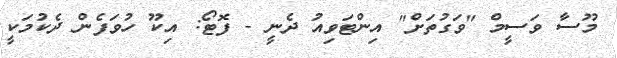
މޫސާ ވަސީމް "ވަގުތަށް" އިންޓަވިއު ދެނީ - ފޮޓޯ: އިކޫ ހުވަފެން ދެކުމަކީ